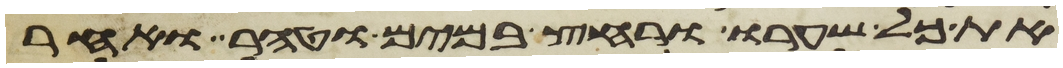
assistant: את כל שערו ורחץ במים וטהר ואחר